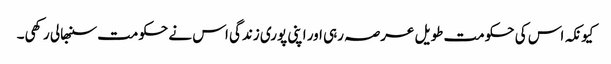
کیونکہ اس کی حکومت طویل عرصہ رہی اور اپنی پوری زندگی اس نے حکومت سنبھالی رکھی۔